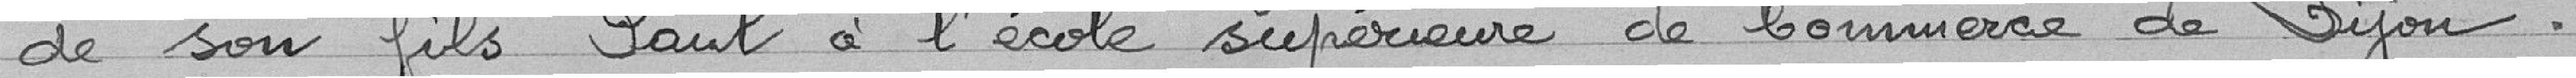
de son fils Paul à l'école supérieure de Commercer de Dijon.